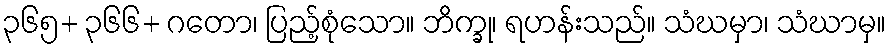
၃၆၅+ ၃၆၆+ ဂတော၊ ပြည့်စုံသော။ ဘိက္ခု၊ ရဟန်းသည်။ သံဃမှာ၊ သံဃာမှ။